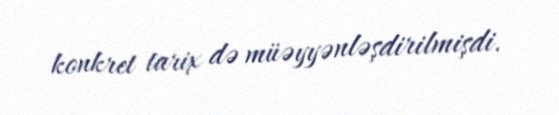
konkret tarix də müəyyənləşdirilmişdi.